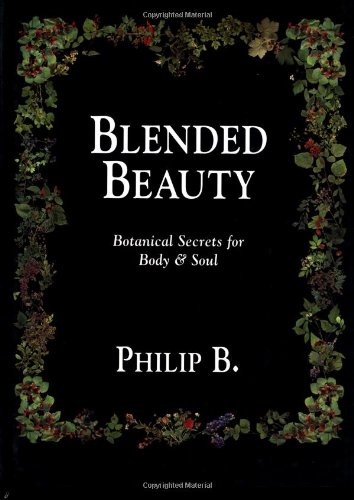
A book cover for Blended Beauty: Botanical Secrets for Body and Soul; Philip Berkovitz; Health, Fitness & Dieting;